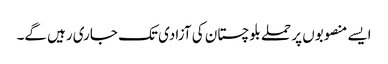
ایسے منصوبوں پر حملے بلوچستان کی آزادی تک جاری رہیں گے۔